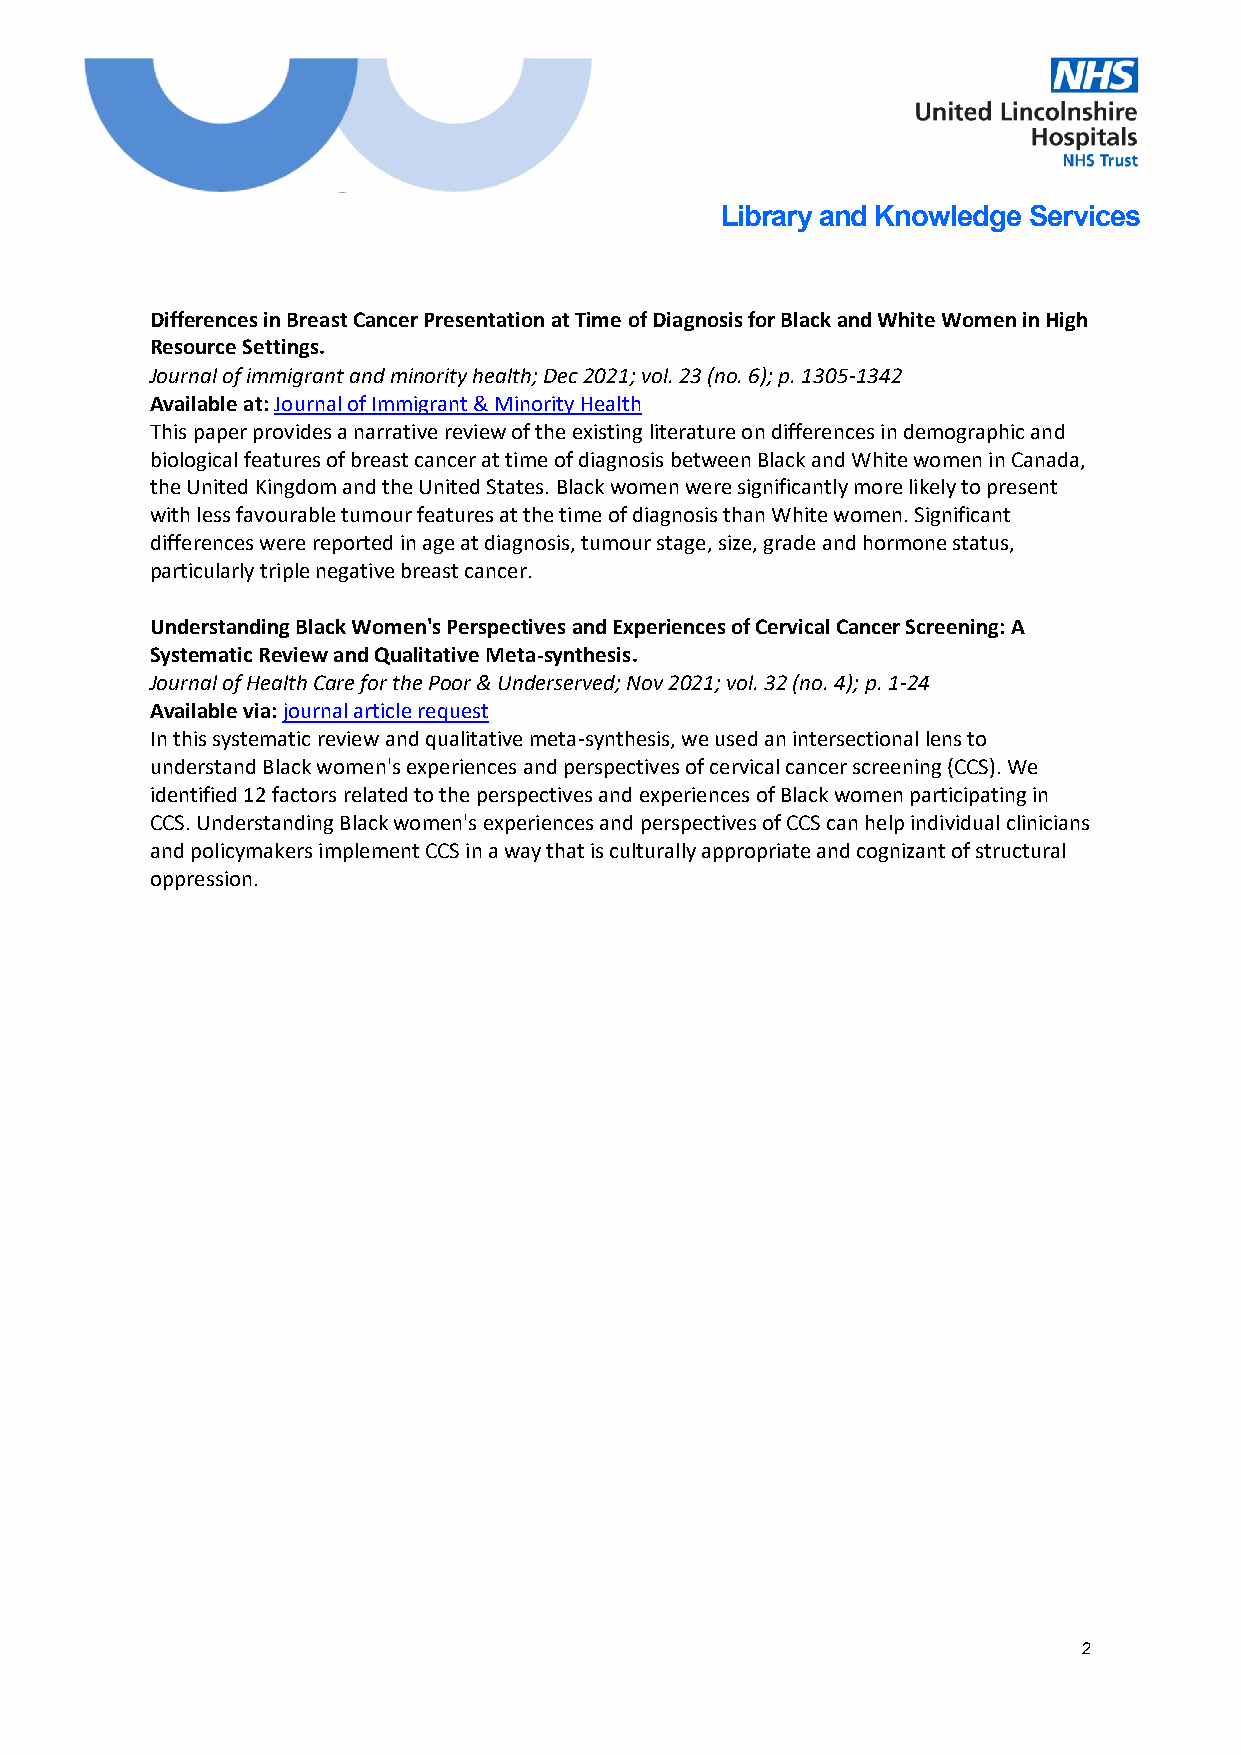
Library and Knowledge Services
 Differences in Breast Cancer Presentation at Time of Diagnosis for Black and White Women in High
 Resource Settings.
 Journal of immigrant and minority health; Dec 2021; vol. 23 (no. 6); p. 1305-1342
 Available at: Journal of Immigrant & Minority Health
 This paper provides a narrative review of the existing literature on differences in demographic and
 biological features of breast cancer at time of diagnosis between Black and White women in Canada,
 the United Kingdom and the United States. Black women were significantly more likely to present
 with less favourable tumour features at the time of diagnosis than White women. Significant
 differences were reported in age at diagnosis, tumour stage, size, grade and hormone status,
 particularly triple negative breast cancer.
 Understanding Black Women's Perspectives and Experiences of Cervical Cancer Screening: A
 Systematic Review and Qualitative Meta-synthesis.
 Journal of Health Care for the Poor & Underserved; Nov 2021; vol. 32 (no. 4); p. 1-24
 Available via: journal article request
 In this systematic review and qualitative meta-synthesis, we used an intersectional lens to
 understand Black women's experiences and perspectives of cervical cancer screening (CCS). We
 identified 12 factors related to the perspectives and experiences of Black women participating in
 CCS. Understanding Black women's experiences and perspectives of CCS can help individual clinicians
 and policymakers implement CCS in a way that is culturally appropriate and cognizant of structural
 oppression.
 2